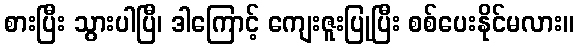
စားပြီး သွားပါပြီ၊ ဒါကြောင့် ကျေးဇူးပြုပြီး စစ်ပေးနိုင်မလား။